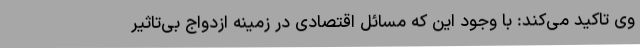
وی تاکید می‌کند: با وجود این که مسائل اقتصادی در زمینه ازدواج بی‌تاثیر